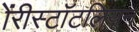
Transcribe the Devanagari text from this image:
ॲरीस्टॉटलियन